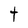
Character: t